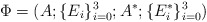
\begin{align*}\Phi=(A; \{E_i\}^3_{i=0}; A^*; \{E^*_i\}^3_{i=0})\end{align*}